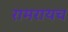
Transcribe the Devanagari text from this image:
रामरायच